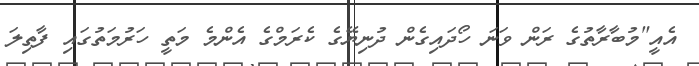
އެއީ"މުބާރާތުގެ ރަން ވަނަ ހޯދައިގެން ދުނިޔޭގެ ކެރަމްގެ އެންމެ މަތީ ހަރުމަތުގައި ފާތިލަ